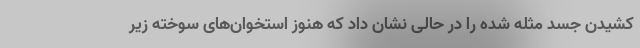
کشیدن جسد مثله شده را در حالی نشان داد که هنوز استخوان‌های سوخته زیر